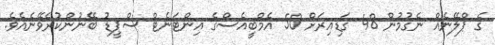
ގެ ޕްލޭނެއް ނެގުމުން 48 ގަޑިއިރަށް 50 އެމްބީއެސްގެ އިންޓަނެޓް ސްޕީޑު ބޭނުންކުރެވޭނެއެވެ.